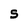
Character: s